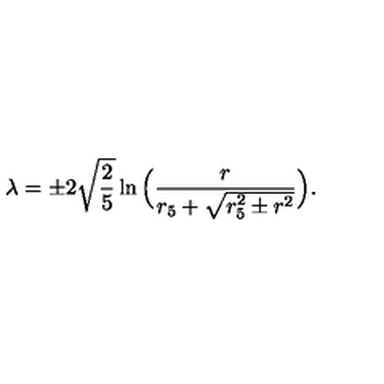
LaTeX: \lambda = \pm 2 \sqrt { \frac { 2 } { 5 } } \ln \Big ( \frac { r } { r _ { 5 } + \sqrt { r _ { 5 } ^ { 2 } \pm r ^ { 2 } } } \Big ) .